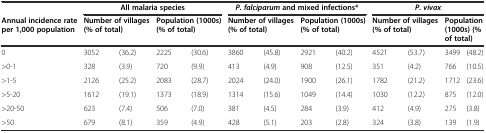
<table><thead><tr><td></td><td colspan="4"><b>All malaria species</b></td><td colspan="4"><b><i>P. falciparum</i>and mixed infections*</b></td><td colspan="4"><b><i>P. vivax</i></b></td></tr><tr><td><b>Annual incidence rate per 1,000 population</b></td><td colspan="2"><b>Number of villages (&amp; of total)</b></td><td colspan="2"><b>Population (1000s) (&amp; of total)</b></td><td colspan="2"><b>Number of villages (&amp; of total)</b></td><td colspan="2"><b>Population (1000s) (&amp; of total)</b></td><td colspan="2"><b>Number of villages (&amp; of total)</b></td><td colspan="2"><b>Population (1000s) (&amp; of total)</b></td></tr></thead><tbody><tr><td>0</td><td>3052</td><td>(36.2)</td><td>2225</td><td>(30.6)</td><td>3860</td><td>(45.8)</td><td>2921</td><td>(40.2)</td><td>4521</td><td>(53.7)</td><td>3499</td><td>(48.2)</td></tr><tr><td>&gt;0-1</td><td>328</td><td>(3.9)</td><td>720</td><td>(9.9)</td><td>413</td><td>(4.9)</td><td>908</td><td>(12.5)</td><td>351</td><td>(4.2)</td><td>766</td><td>(10.5)</td></tr><tr><td>&gt;1-5</td><td>2126</td><td>(25.2)</td><td>2083</td><td>(28.7)</td><td>2024</td><td>(24.0)</td><td>1900</td><td>(26.1)</td><td>1782</td><td>(21.2)</td><td>1712</td><td>(23.6)</td></tr><tr><td>&gt;5-20</td><td>1612</td><td>(19.1)</td><td>1373</td><td>(18.9)</td><td>1314</td><td>(15.6)</td><td>1049</td><td>(14.4)</td><td>1030</td><td>(12.2)</td><td>875</td><td>(12.0)</td></tr><tr><td>&gt;20-50</td><td>623</td><td>(7.4)</td><td>506</td><td>(7.0)</td><td>381</td><td>(4.5)</td><td>284</td><td>(3.9)</td><td>412</td><td>(4.9)</td><td>275</td><td>(3.8)</td></tr><tr><td>&gt;50</td><td>679</td><td>(8.1)</td><td>359</td><td>(4.9)</td><td>428</td><td>(5.1)</td><td>203</td><td>(2.8)</td><td>324</td><td>(3.8)</td><td>139</td><td>(1.9)</td></tr></tbody></table>